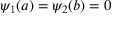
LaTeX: \psi _ { 1 } ( a ) = \psi _ { 2 } ( b ) = 0